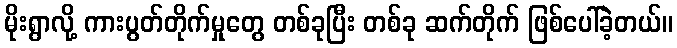
မိုးရွာလို့ ကားပွတ်တိုက်မှုတွေ တစ်ခုပြီး တစ်ခု ဆက်တိုက် ဖြစ်ပေါ်ခဲ့တယ်။